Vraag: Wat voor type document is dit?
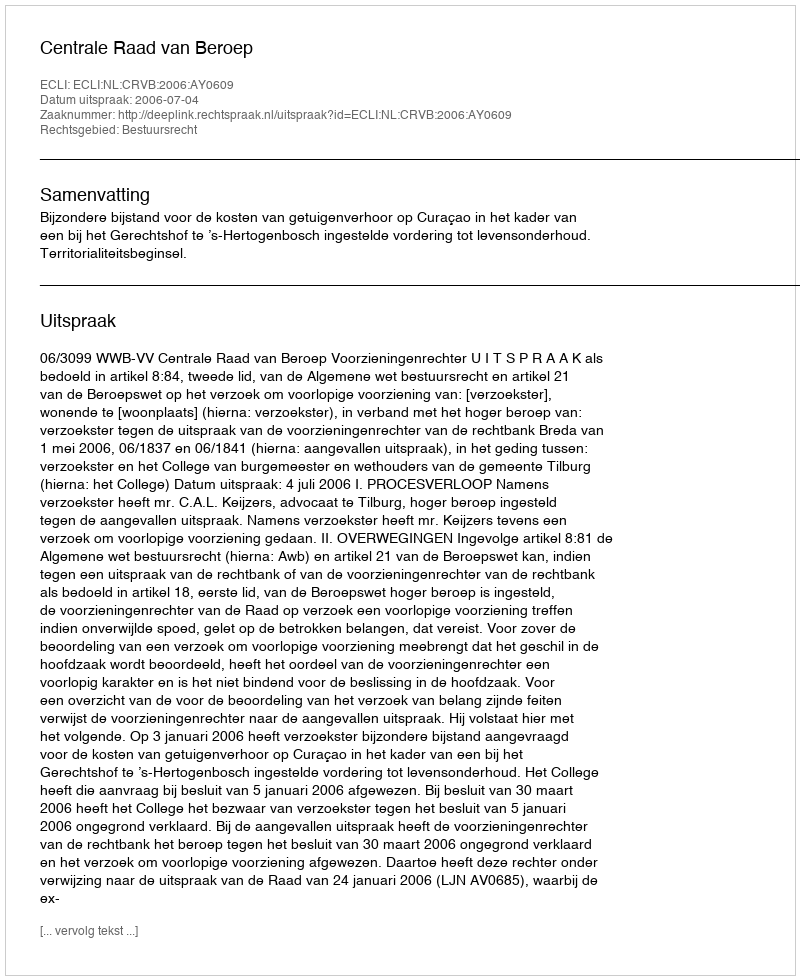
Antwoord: Uitspraak